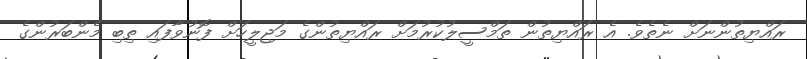
ރައްޔިތުންނަށް ނެތެވެ. އެ ރައްޔިތުން ތަމްސީލުކުރުމަށް ރައްޔިތުންގެ މަޖިލީހަށް ފޮނުވާފައި ތިބި މެންބަރުންގެ